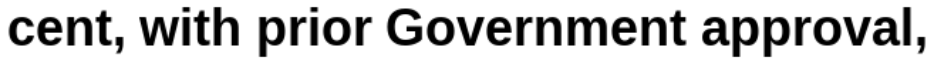
cent, with prior Government approval,